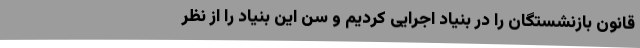
قانون بازنشستگان را در بنیاد اجرایی کردیم و سن این بنیاد را از نظر